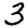
Digit: 3